Kiideva_(Sinalepa)_vallavalitsus, lk 8
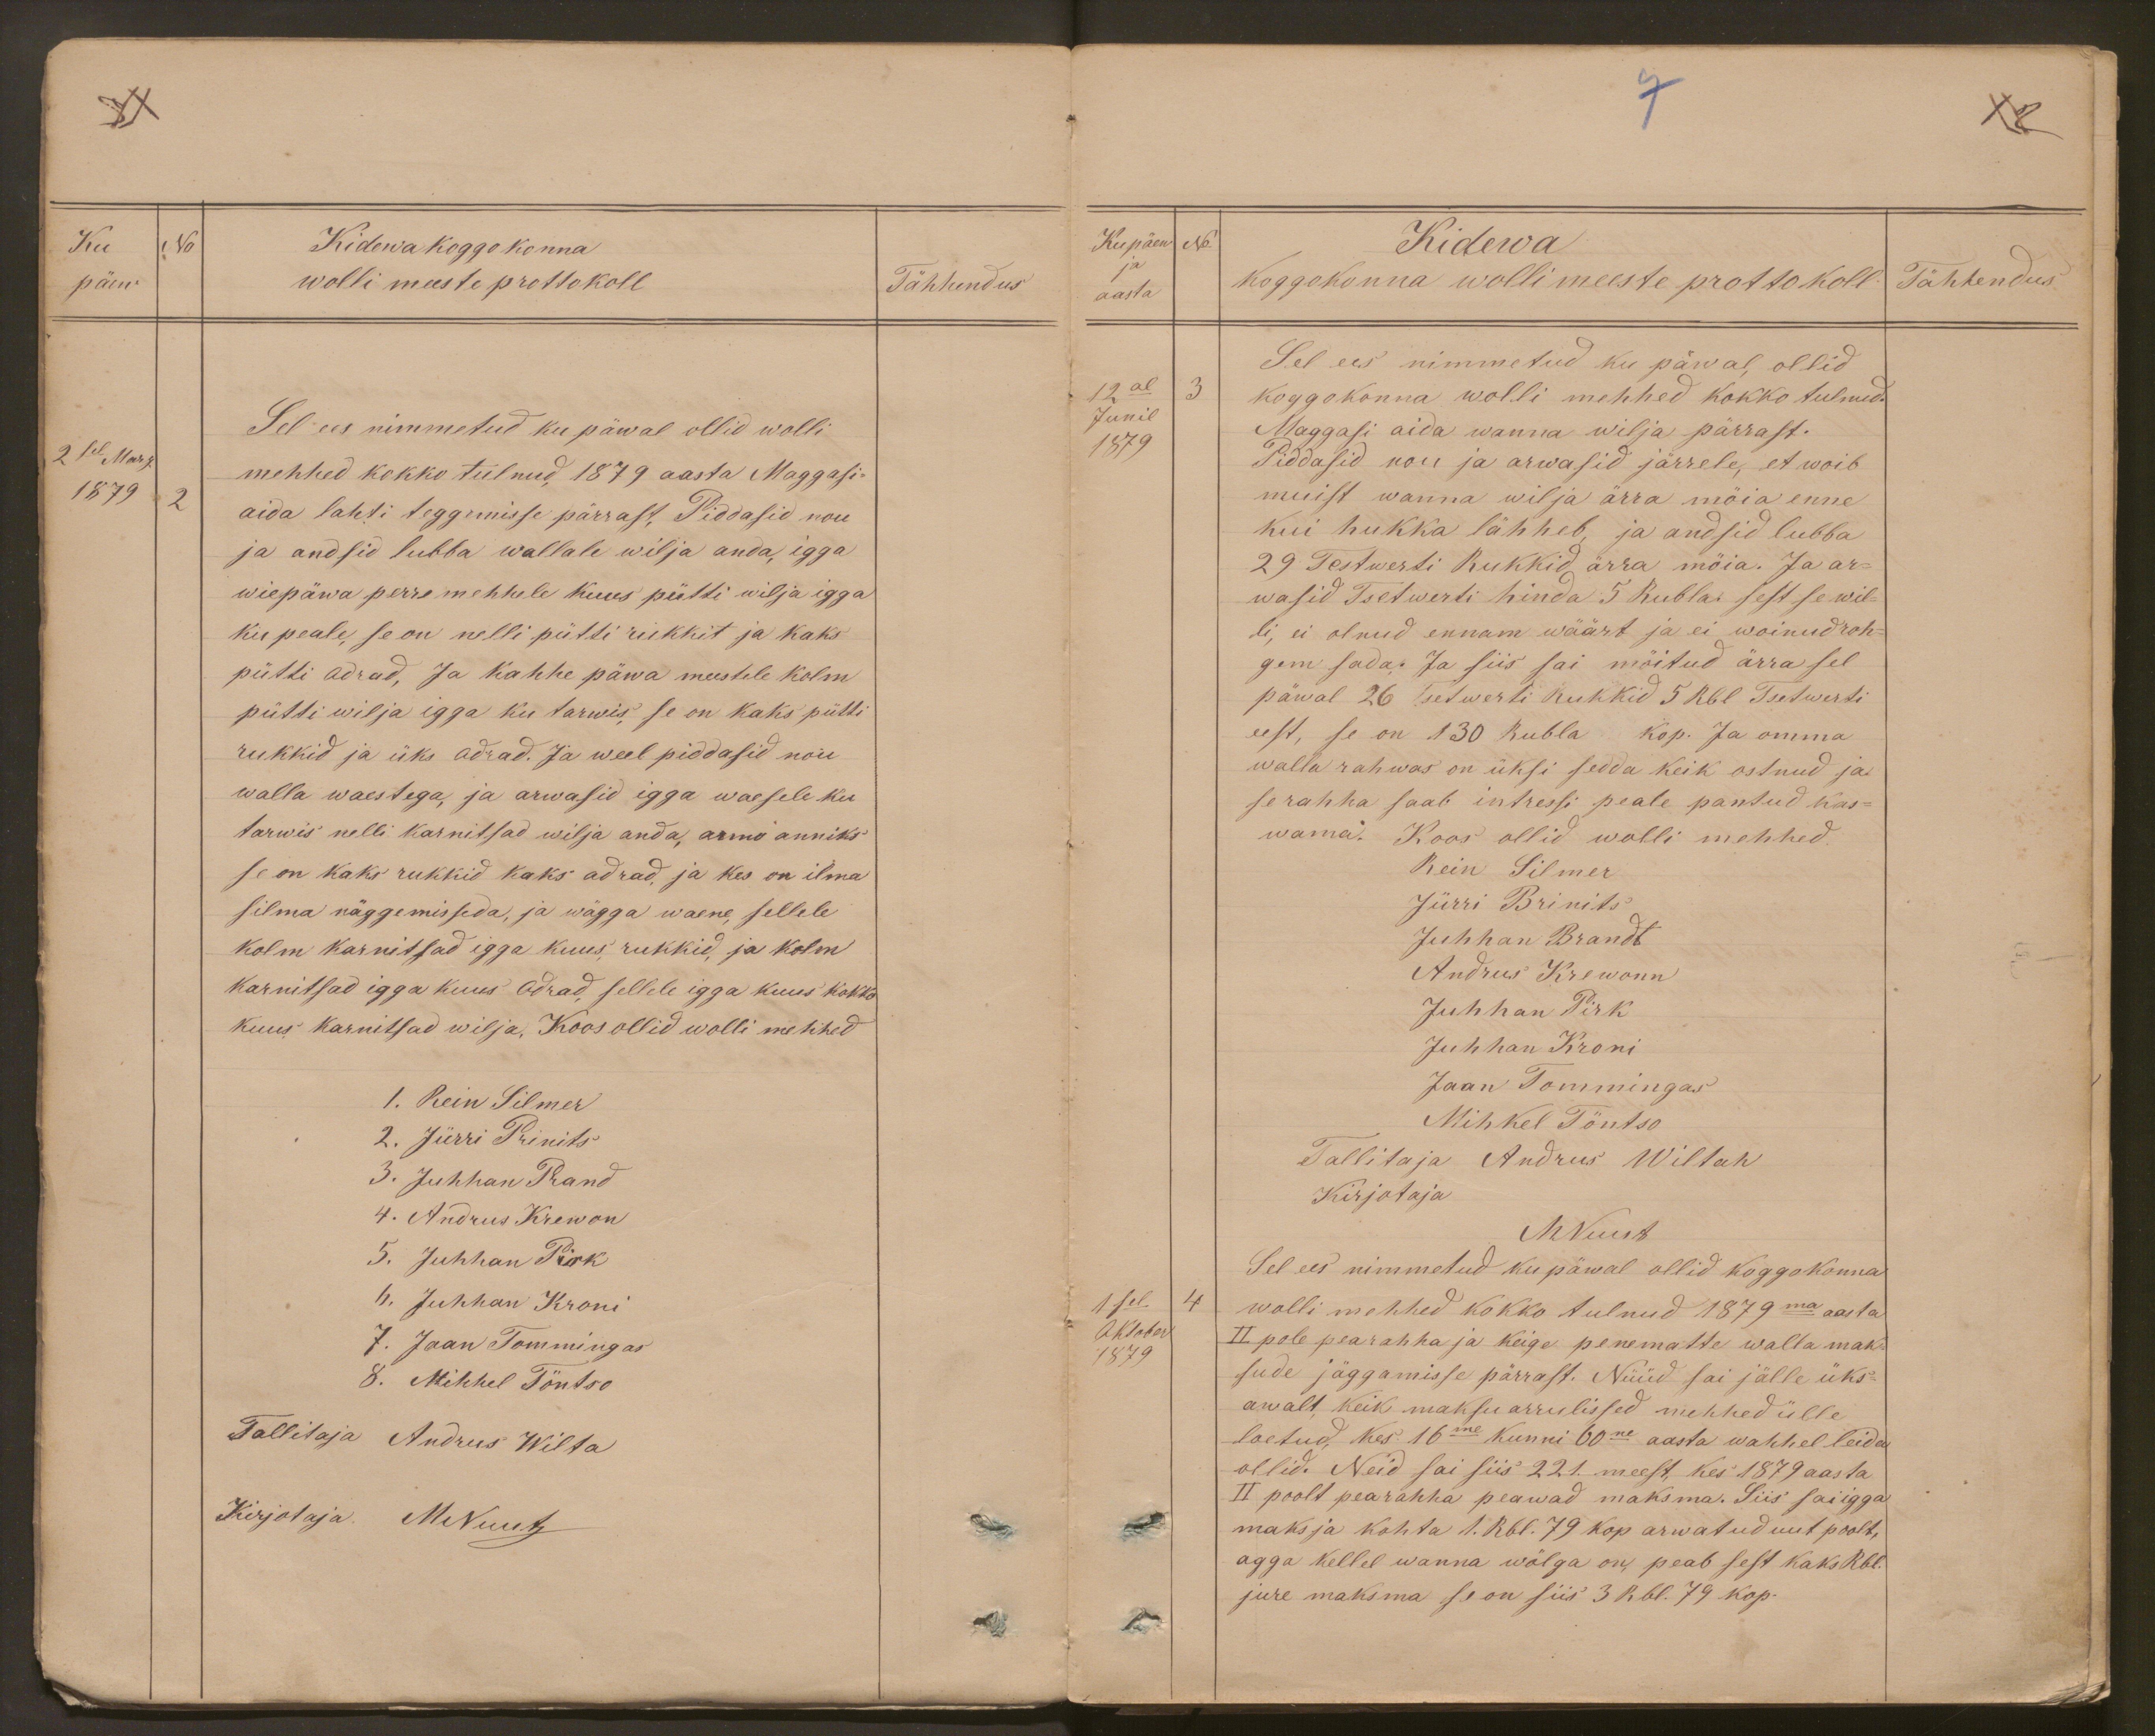
Ku
No
Kidewa koggo konna
päew
wolli meeste prottokoll
Tähhendus
Sel ees nimmetud ku päwal ollid wolli
2sel Marz
1879
mehhed kokko tulnud, 1879 aasta Maggasi-
2
aida lahti teggemisse pärrast. Piddasid nou-
ja andsid lubba wallale wilja anda, igga
wiepäwa perremehhele kuus pütti wilja igga
ku peale, se on nelli pütti rukkit ja kaks
pütti odrad, Ja kahhe päwa meestele kolm
pütti wilja igga ku tarwis, se on kaks pütti
rukkid ja üks odrad. Ja weel piddasid nou
walla waestega, ja arwasid igga waesele kui
tarwis nelli karnitsad wilja anda, armo anniks
se on kaks rukkid kaks odrad, ja kes on ilma
silma näggemisseda, ja wägga waene, sellele
kolm karnitsad igga kuus rukkid, ja kolm
karnitsad igga kuus odrad sellele igga kuus kokko
kuus karnitsad wilja. Koos ollid wolli mehhed
1. Rein Silmer
2. Jürri Prinits
3. Juhhan Prand
4. Andrus Krewon
5. Juhhan Pirk
6. Juhhan Kroni
7. Jaan Tommingas
8. Mihhel Töntso
Tallitaja Andrus Wilta
Kirjotaja. M Nuut

7
Kupäew
No
Kidewa
ja
aasta
koggokonna wolli meeste protokoll
Tähhendus
Sel ees nimmetud ku päwal, ollid
12al
3
koggokonna wolli mehhed kokko tulnud.
Junil
1879
Maggasi aida wanna wilja pärrast.
Piddasid nou ja arwasid järrele, et woib
muist wanna wilja ärra möia enne
kui hukka lähheb, ja andsid lubba
29 Testwerti rukkid ärra möia. Ja ar-
wasid Tsetwerti hinda 5 Rubla sest se wil-
li, ei olnud ennam wäärt ja ei woinud roh-
gem sada. Ja siis sai möitud ärra sel
päwal 26 tsetwerti rukkid 5 Rbl Tsetwerti
eest, se on 130 Rubla kop. Ja omma
walla rahwas on üksi sedda keik ostnud ja
se rahha saab intressi peale pantud kas-
wama. Koos ollid wolli mehhed.
Rein Silmer
Jürri Brinits
Juhhan Brandt
Andrus Krewonn
Juhhan Pirk
Juhhan Kroni
Jaan Tommingas
Mihkel Töntso
Tallitaja Andrus Wiltah
Kirjotaja
M Nuut
Sel ees nimmetud kupäwal ollid koggokonna
1sel
4
Oktober
wolli mehhed kokko tulnud 1879ma aasta
1879
II pole pearahha ja keige penematte walla mak-
sude jäggamisse pärrast. Nüüd sai jälle üks-
awalt keik maksu arrulissed mehhed ülle
loetud, kes 16me kunni 60ne aasta wahhel leida
ollid. Neid sai siis 221 meest, kes 1879 aasta
II poolt pearahha peawad maksma. Siis sai igga
maksja kohta 1. Rbl. 79 kop arwatud uut poolt,
agga kellel wanna wölga on, peab sest kaks Rbl.
jure maksma se on siis 3 Rbl. 79 kop.